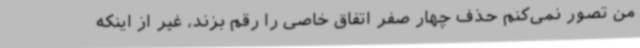
من تصور نمی‌کنم حذف چهار صفر اتفاق خاصی را رقم بزند، غیر از اینکه